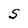
Character: S